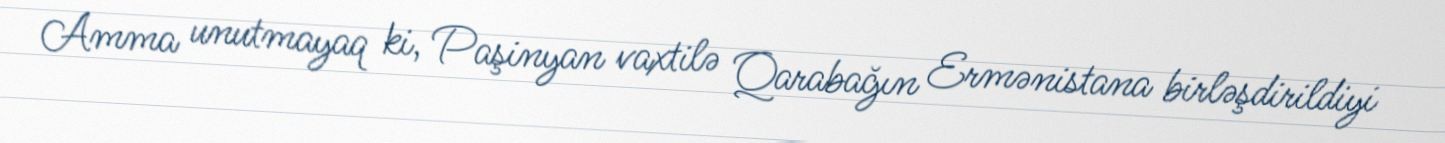
Amma unutmayaq ki, Paşinyan vaxtilə Qarabağın Ermənistana birləşdirildiyi